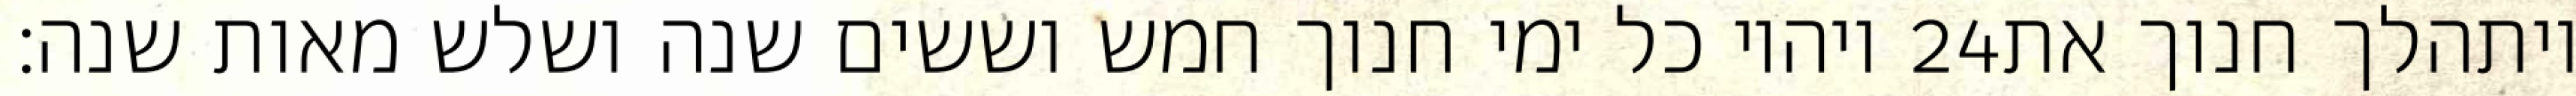
ויהיו כל ימי חנוך חמש וששים שנה ושלש מאות שנה׃ ‎24‏ ויתהלך חנוך את